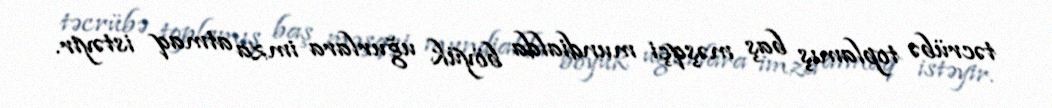
təcrübə toplamış baş məşqçi mundialda böyük uğurlara imza atmaq istəyir.